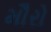
મૌરો